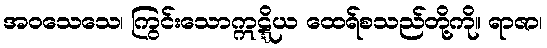
အဝသေသေ၊ ကြွင်းသောဣဋ္ဋိယ ထေရ်စသည်တို့ကို။ ရာဇာ၊